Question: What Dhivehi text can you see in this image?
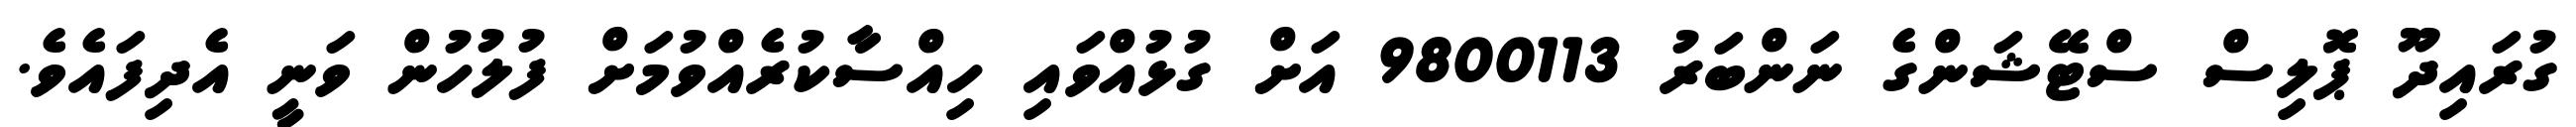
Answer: ގުރައިދޫ ޕޮލިސް ސްޓޭޝަންގެ ނަންބަރު 9800113 އަށް ގުޅުއްވައި ހިއްސާކުރެއްވުމަށް ފުލުހުން ވަނީ އެދިފައެވެ.